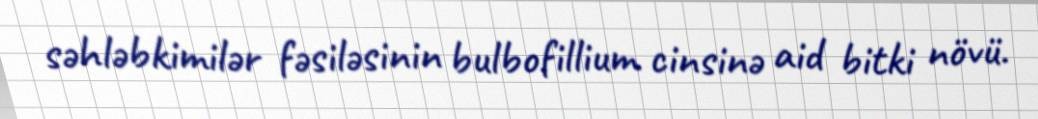
səhləbkimilər fəsiləsinin bulbofillium cinsinə aid bitki növü.